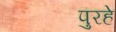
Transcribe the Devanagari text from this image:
पुरहे